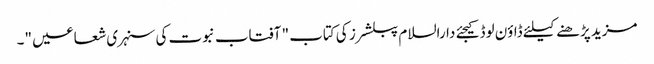
مزید پڑھنے کیلئے ڈاؤن لوڈ کیجئے دارالسلام پبلشرز کی کتاب " آفتاب نبوت کی سنہری شعاعیں "۔